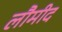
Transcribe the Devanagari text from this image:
लौमीद